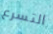
التسرع